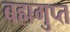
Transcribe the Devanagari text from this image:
बह्मगुप्त